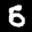
Label: 5